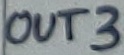
Text: OUT3